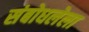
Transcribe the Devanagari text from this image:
संबोधलेला